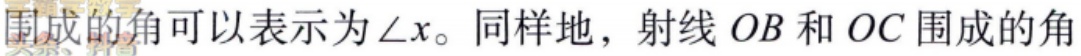
围成的角可以表示为\(\angle x\)。同样地，射线 \(OB\) 和 \(OC\) 围成的角